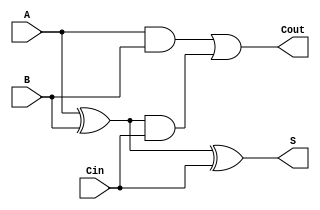
module full_adder(S, Cout, A, B, Cin);
    input A, B, Cin;

    output S, Cout;

    wire xor1, and1, and2;

    xor xor_1(xor1, A, B);
    xor summer(S, xor1, Cin);

    and AND1(and1, xor1, Cin);
    and AND2(and2, A, B);

    or orC(Cout, and2, and1);

endmodule